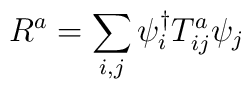
R^a = \sum_{i,j}\psi^\dagger_i T^a_{ij} \psi_j